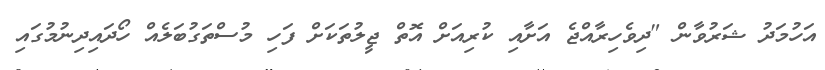
އަހުމަދު ޝަރުވާން "ދިވެހިރާއްޖެ އަށާއި ކުރިއަށް އޮތް ޖީލުތަކަށް ފަހި މުސްތަގުބަލެއް ހޯދައިދިނުމުގައި